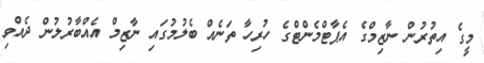
މީގެ އިތުރުން ނާޒިމްގެ އެޕާޓްމެންޓްގެ ހުރިހާ ތަނެއް ބެލުމުގައި ނާޒިމް އެއްބާރުލުން ދެއްވި